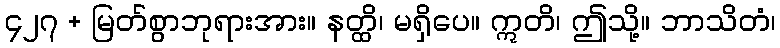
၄၂၇ + မြတ်စွာဘုရားအား။ နတ္ထိ၊ မရှိပေ။ ဣတိ၊ ဤသို့။ ဘာသိတံ၊